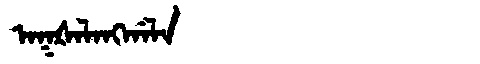
Manchu: ᠠᡴᡧᠠᠯᠠᠩᡤᠠᠯᠠ
Romanization: AKŠALANGGALA